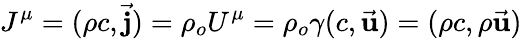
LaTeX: J^{\mu}=(\rho c,{\vec{\mathbf{j}}})=\rho_{o}U^{\mu}=\rho_{o}\gamma(c,{\vec{\mathbf{u}}})=(\rho c,\rho{\vec{\mathbf{u}}})